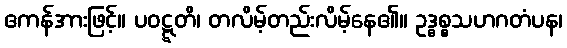
ဧကန်အားဖြင့်။ ပဝဋ္ဋတိ၊ တလိမ့်တည်းလိမ့်နေ၏။ ဥဒ္ဓစ္စသဟဂတံပန၊